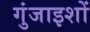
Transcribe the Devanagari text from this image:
गुंजाइशों